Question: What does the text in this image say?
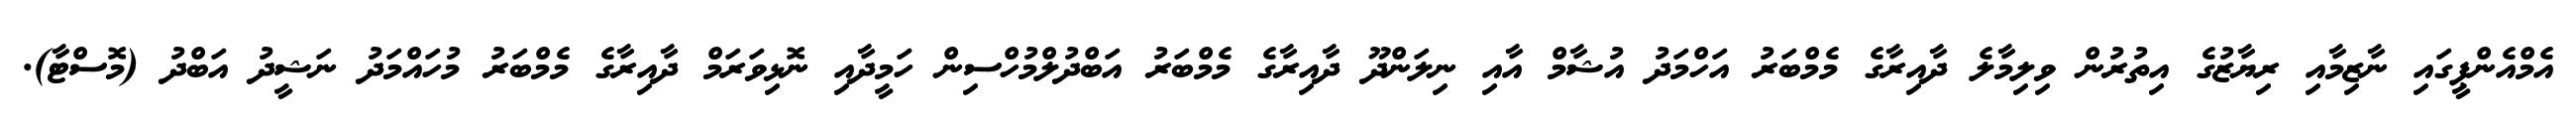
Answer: އެމްއެންޕީގައި ނާޒިމާއި ރިޔާޒުގެ އިތުރުން ވިލިމާލެ ދާއިރާގެ މެމްބަރު އަހްމަދު އުޝާމް އާއި ނިލަންދޫ ދާއިރާގެ މެމްބަރު އަބްދުލްމުހްސިން ހަމީދާއި ނޮޅިވަރަމް ދާއިރާގެ މެމްބަރު މުހައްމަދު ނަޝީދު އަބްދު (މޮސްޓާ).